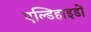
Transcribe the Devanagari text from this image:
एल्डिहाइडों